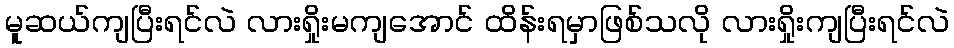
မူဆယ်ကျပြီးရင်လဲ လားရှိုးမကျအောင် ထိန်းရမှာဖြစ်သလို လားရှိုးကျပြီးရင်လဲ